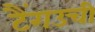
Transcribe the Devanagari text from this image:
टैंगउची